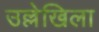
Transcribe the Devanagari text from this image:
उल्लेखिला